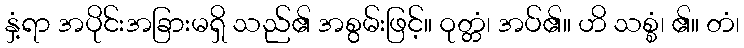
နှံ့ရာ အပိုင်းအခြားမရှိ သည်၏ အစွမ်းဖြင့်။ ဝုတ္တံ၊ အပ်၏။ ဟိ သစ္စံ၊ ၏။ တံ၊